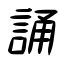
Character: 誦